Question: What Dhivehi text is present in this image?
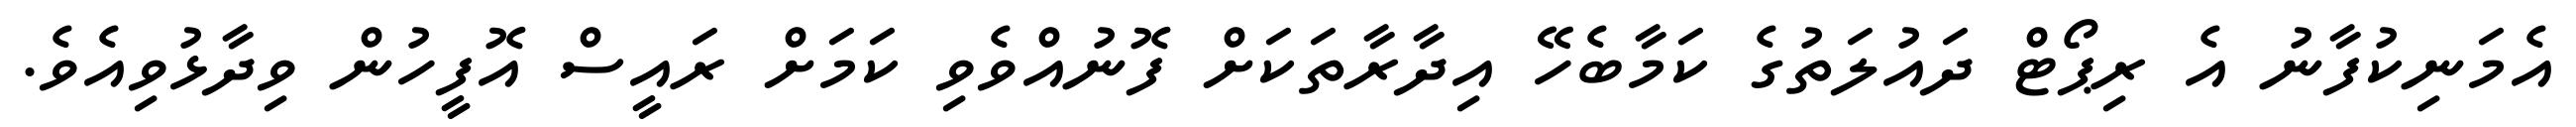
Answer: އެމަނިކުފާނު އެ ރިޕޯޓް ދައުލަތުގެ ކަމާބެހޭ އިދާރާތަކަށް ފޮނުއްވެވި ކަމަށް ރައީސް އޮފީހުން ވިދާޅުވިއެވެ.